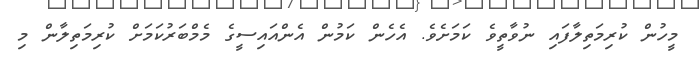
މީހުން ކުރިމަތިލާފައި ނުވާތީވެ ކަމަށެވެ. އެހެން ކަމުން އެންއައިސީގެ މެމްބަރުކަމަށް ކުރިމަތިލާން މި